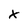
Character: X